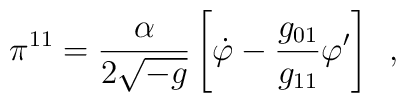
\pi ^{11 } = \frac{\alpha }{2\sqrt {-g}}\left[ \dot \varphi -\frac{g_{01}}{g_{11}}\varphi '\right] \,\,\, ,